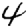
Digit: 4